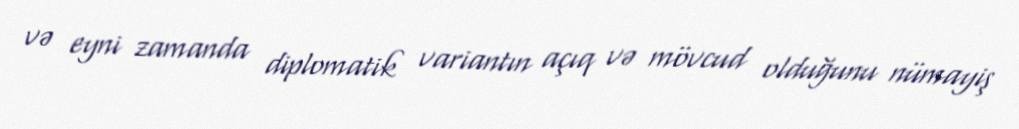
və eyni zamanda diplomatik variantın açıq və mövcud olduğunu nümayiş